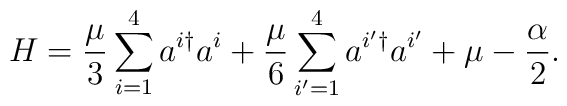
H = \frac{\mu}3 \sum_{i=1}^4 a^{i \dagger} a^i    + \frac{\mu}6 \sum_{i'=1}^4 a^{i' \dagger} a^{i'}    + \mu - \frac{\alpha}{2}.